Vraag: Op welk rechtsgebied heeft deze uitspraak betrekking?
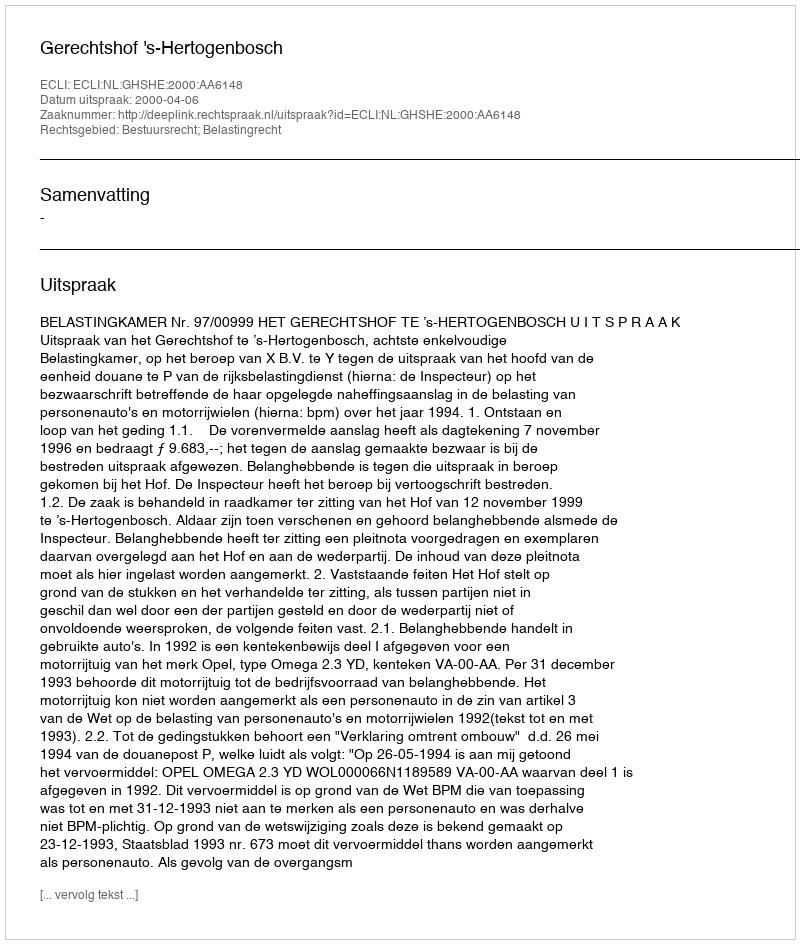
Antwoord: Bestuursrecht; Belastingrecht